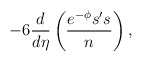
\begin{align*}-6 \frac{d}{d\eta} \left(\frac{e^{-\phi}s's}{n}\right),\end{align*}